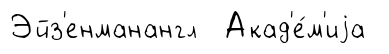
Эйз'енманангл Акад'е́м'иjа